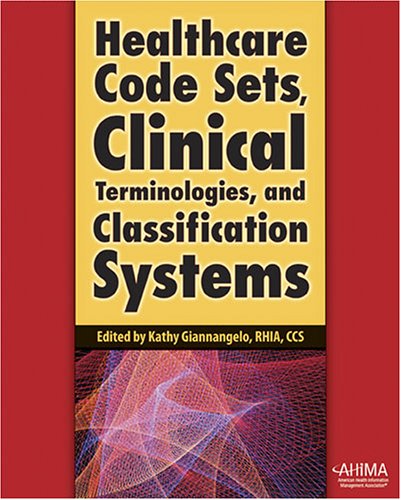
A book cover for Healthcare Code Sets, Clinical Terminologies, and Classification Systems; RHIA, CCS Edited by Kathy Giannangelo; Medical Books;